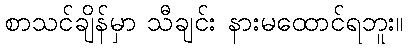
စာသင်ချိန်မှာ သီချင်း နားမထောင်ရဘူး။